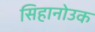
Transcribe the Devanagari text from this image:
सिहानोउक